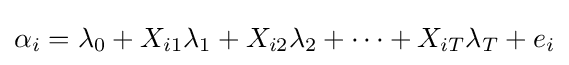
\alpha _{i}=\lambda _{0}+X_{i1}\lambda _{1}+X_{i2}\lambda _{2}+\dots +X_{iT}\lambda _{T}+e_{i}